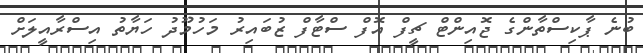
ބުނެ ޕާކިސްތާންގެ ޖޮއިންޓް ޗީފް އޮފް ސްޓާފް ޒުބައިރު މަހުމޫދު ހަޔާތު އިސްރާއީލަށް